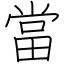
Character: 當